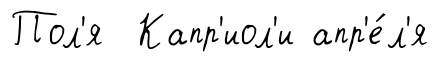
Пол'я Капр'иол'и апр'е́л'я